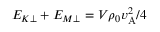
E _ { K \perp } + E _ { M \perp } = V \rho _ { 0 } v _ { \mathrm { A } } ^ { 2 } / 4